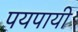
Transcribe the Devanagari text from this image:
पयपायी